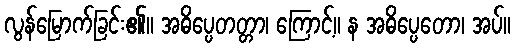
လွန်မြောက်ခြင်း၏။ အဓိပ္ပေတတ္တာ၊ ကြောင့်။ န အဓိပ္ပေတော၊ အပ်။